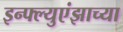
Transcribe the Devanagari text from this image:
इन्फ्ल्युएंझाच्या